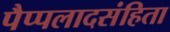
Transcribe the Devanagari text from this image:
पैप्पलादसंहिता